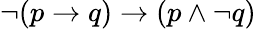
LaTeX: \neg(p\to q)\to(p\land\neg q)